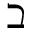
\beth